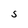
Character: S